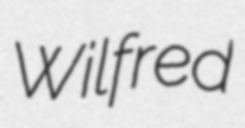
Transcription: Wilfred